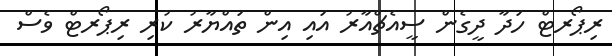
ރިޕޯރޓް ހަދާ ދީގެން ސީއެޗްއާރު އައި އިން ތައްޔާރު ކުރި ރިޕޯރޓް ވެސް